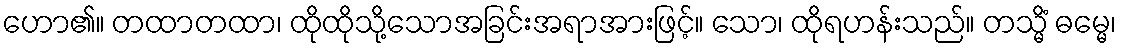
ဟော၏။ တထာတထာ၊ ထိုထိုသို့သောအခြင်းအရာအားဖြင့်။ သော၊ ထိုရဟန်းသည်။ တသ္မိံ ဓမ္မေ၊